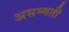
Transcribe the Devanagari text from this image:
असम्मती